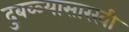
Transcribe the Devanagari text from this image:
दुबळ्यासारखी